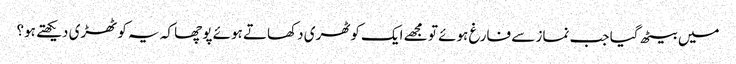
میں بیٹھ گیا جب نماز سے فارغ ہوئے تو مجھے ایک کوٹھری دکھاتے ہوئے پوچھا کہ یہ کوٹھڑی دیکھتے ہو؟